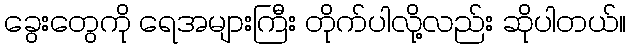
ခွေးတွေကို ရေအများကြီး တိုက်ပါလို့လည်း ဆိုပါတယ်။